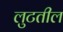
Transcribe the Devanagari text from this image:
लुटतील